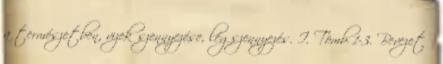
a természetben, vizek szennyezése, légszennyezés. I. Tömb 1-3. Bevezető